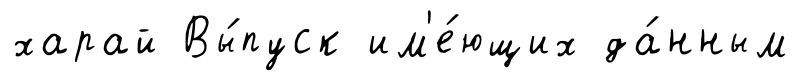
харай Вы́пуск им'е́ющих да́нным